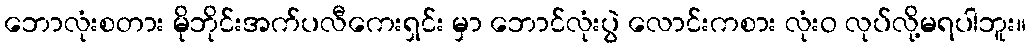
ဘောလုံးစတား မိုဘိုင်းအက်ပလီကေးရှင်း မှာ ဘောင်လုံးပွဲ လောင်းကစား လုံးဝ လုပ်လို့မရပါဘူး။